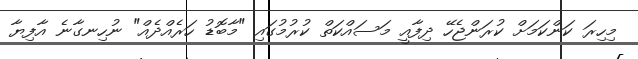
މިހިރަ ކަންކަމަށް ކުރަންޖެހޭ ދިފާއީ މަސައްކަތް ކުރުމުގައި "މާބޮޑު ހަރެއްދެއް" ނުހިނގާނެ އާފިޔާ